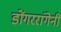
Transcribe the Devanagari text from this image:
डोंगररांगेनी